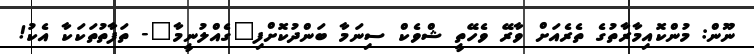
ނޫން: މުންކޮއިމާރާތުގެ ތެރެއަށް ވާރޭ ވެހޭތީ ޝްވެކް ސިނަމާ ބަންދުކޮށްފި"ގެއްލުނީމާ"- ތަފާތުތަކަކާ އެކު!